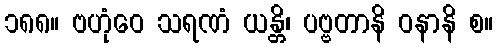
၁၈၈။ ဗဟုံဝေ သရဏံ ယန္တိ၊ ပဗ္ဗတာနိ ဝနာနိ စ။